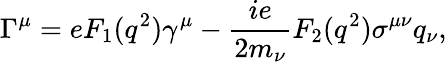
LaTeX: \Gamma^{\mu}=eF_{1}(q^{2})\gamma^{\mu}-\frac{ie}{2m_{\nu}}F_{2}(q^{2})\sigma^{\mu\nu}q_{\nu},